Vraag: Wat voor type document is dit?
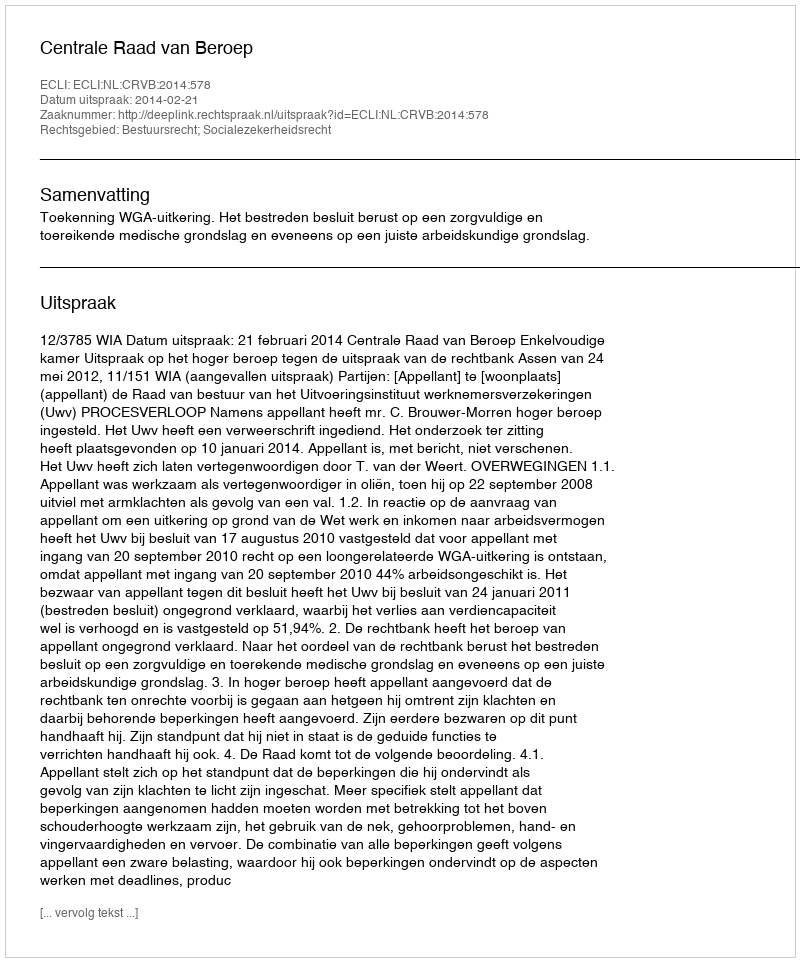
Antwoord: Uitspraak